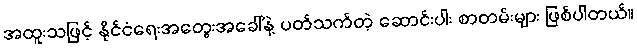
အထူးသဖြင့် နိုင်ငံရေးအတွေးအခေါ်နဲ့ ပတ်သက်တဲ့ ဆောင်းပါး စာတမ်းများ ဖြစ်ပါတယ်။